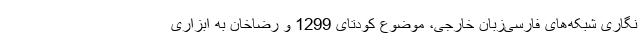
‌نگاری شبکه‌های فارسی‌زبان خارجی، موضوع کودتای 1299 و رضاخان به ابزاری